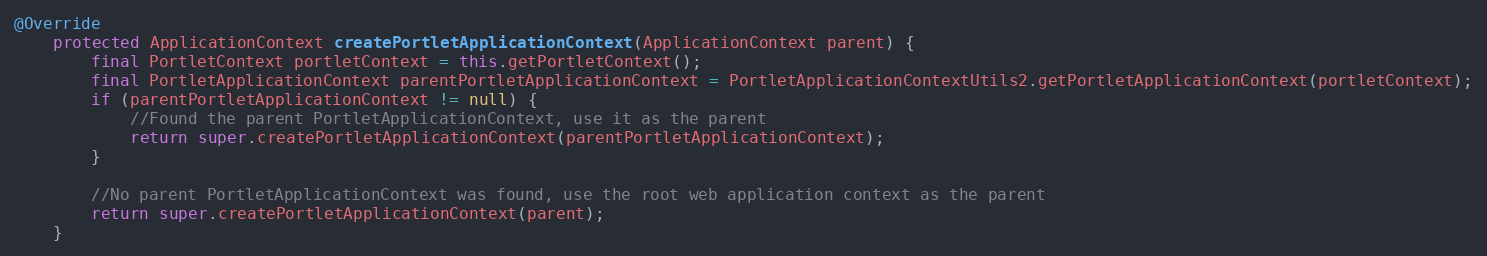
Language: Java
@Override
    protected ApplicationContext createPortletApplicationContext(ApplicationContext parent) {
        final PortletContext portletContext = this.getPortletContext();
        final PortletApplicationContext parentPortletApplicationContext = PortletApplicationContextUtils2.getPortletApplicationContext(portletContext);
        if (parentPortletApplicationContext != null) {
            //Found the parent PortletApplicationContext, use it as the parent
            return super.createPortletApplicationContext(parentPortletApplicationContext);
        }

        //No parent PortletApplicationContext was found, use the root web application context as the parent
        return super.createPortletApplicationContext(parent);
    }